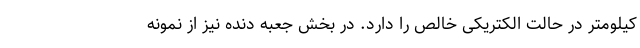
کیلومتر در حالت الکتریکی خالص را دارد. در بخش جعبه دنده نیز از نمونه